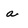
Character: a